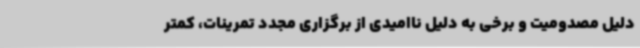
دلیل مصدومیت و برخی به دلیل ناامیدی از برگزاری مجدد تمرینات، کمتر